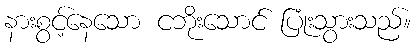
နားစွင့်နေသော ငဘိုးသောင် ပြုံးသွားသည်။